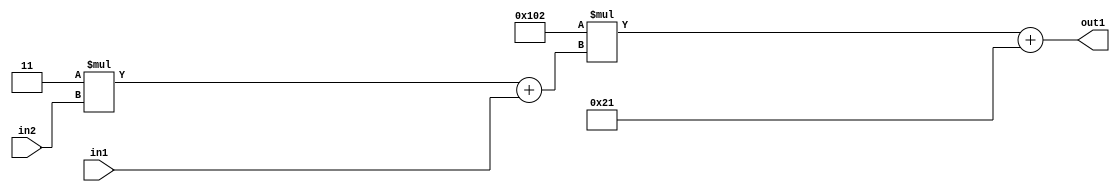
`timescale 1ps / 1ps
/*****************************************************************************
    Verilog RTL Description
    
    
    Created by: Stratus DpOpt 2019.1.01 
*******************************************************************************/

module DC_Filter_Add2i33Mul2i258Add2u1Mul2i3u2_1 (
	in2,
	in1,
	out1
	); /* architecture "behavioural" */ 
input [1:0] in2;
input  in1;
output [11:0] out1;
wire [11:0] asc001;
wire [3:0] asc002;

wire [3:0] asc002_tmp_0;
assign asc002_tmp_0 = 
	+(4'B0011 * in2);
assign asc002 = asc002_tmp_0
	+(in1);

wire [11:0] asc001_tmp_1;
assign asc001_tmp_1 = 
	+(12'B000100000010 * asc002);
assign asc001 = asc001_tmp_1
	+(12'B000000100001);

assign out1 = asc001;
endmodule

/* CADENCE  v7bwQw8= : u9/ySgnWtBlWxVPRXgAZ4Og= ** DO NOT EDIT THIS LINE ******/